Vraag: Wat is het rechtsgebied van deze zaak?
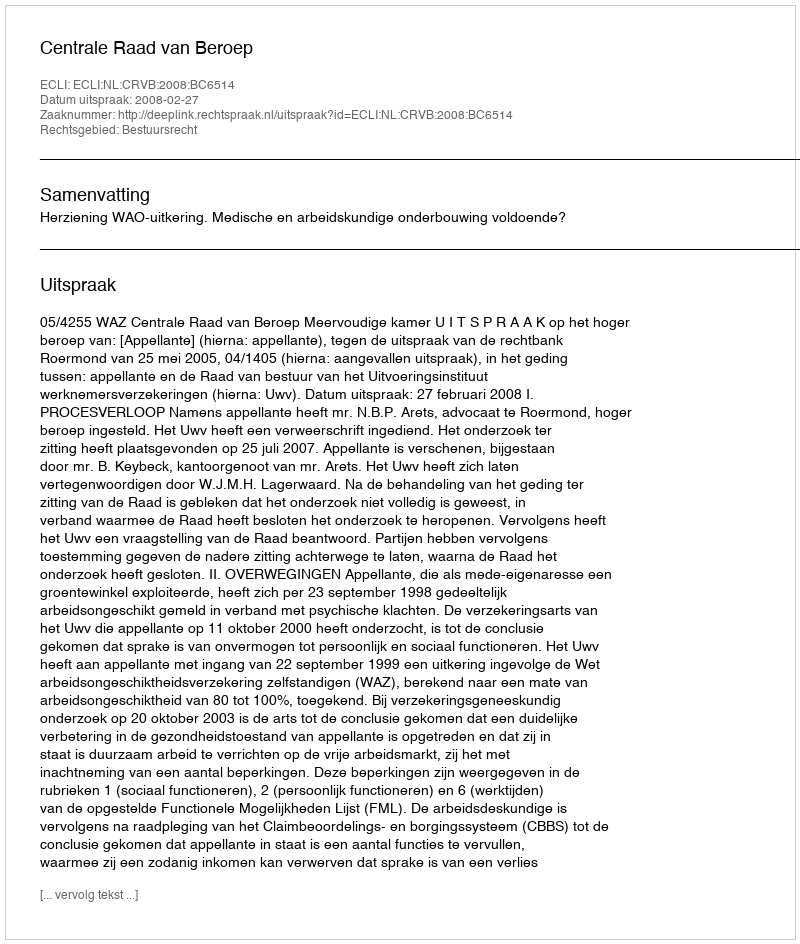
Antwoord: Bestuursrecht